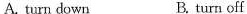
A. turn down B. turn off